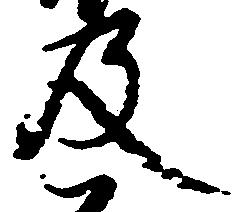
及